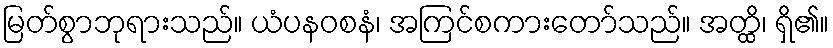
မြတ်စွာဘုရားသည်။ ယံပနဝစနံ၊ အကြင်စကားတော်သည်။ အတ္ထိ၊ ရှိ၏။